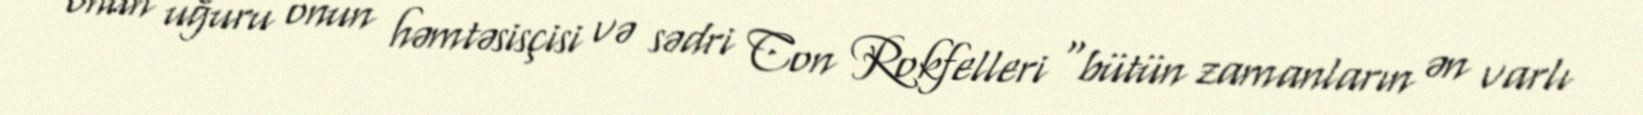
onun uğuru onun həmtəsisçisi və sədri Con Rokfelleri "bütün zamanların ən varlı